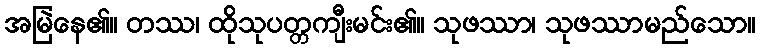
အမြဲနေ၏။ တဿ၊ ထိုသုပတ္တကျီးမင်း၏။ သုဖဿာ၊ သုဖဿာမည်သော။